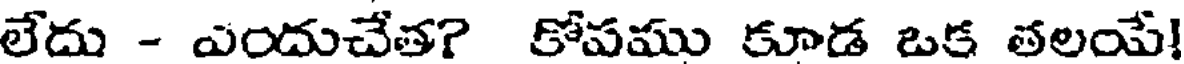
లేదు - ఎందుచేత? కోపము కూడ ఒక తలయే!